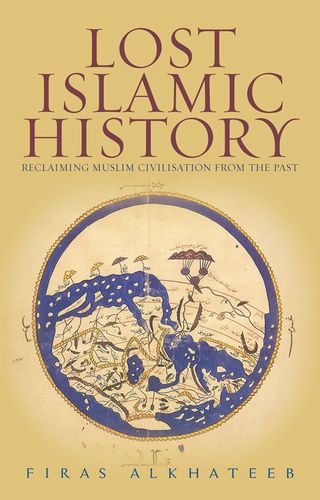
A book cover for Lost Islamic History: Reclaiming Muslim Civilization from the Past; Firas Alkhateeb; Religion & Spirituality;